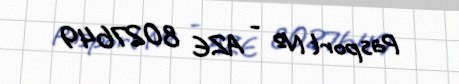
Pasport № - AZE 8027649